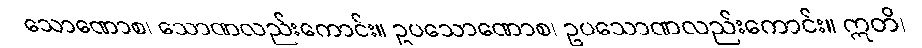
သောဏောစ၊ သောဏလည်းကောင်း။ ဥပသောဏောစ၊ ဥပသောဏလည်းကောင်း။ ဣတိ၊